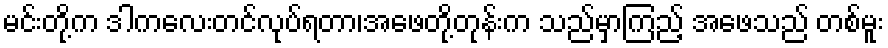
မင်းတို့က ဒါကလေးတင်လုပ်ရတာ၊အဖေတို့တုန်းက သည်မှာကြည့် အဖေသည် တစ်မူး